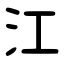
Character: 江